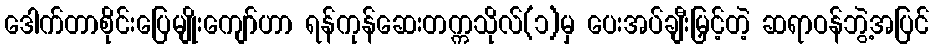
ဒေါက်တာစိုင်းပြေမျိုးကျော်ဟာ ရန်ကုန်ဆေးတက္ကသိုလ်(၁)မှ ပေးအပ်ချီးမြှင့်တဲ့ ဆရာဝန်ဘွဲ့အပြင်